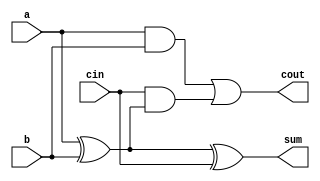
module FullAdder (
    input wire a,          // First input bit
    input wire b,          // Second input bit
    input wire cin,        // Carry input
    output wire sum,       // Sum output
    output wire cout       // Carry output
);
    assign sum = a ^ b ^ cin;       // Sum is the XOR of the inputs
    assign cout = (a & b) | (cin & (a ^ b)); // Carry out
endmodule